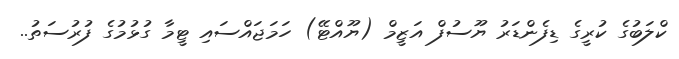
ކްލަބުގެ ކުރީގެ ޑިފެންޑަރު ޔޫސުފް އަޒީމް (ޔޫއްޓޭ) ހަމަޖައްސައި ޓީމާ ގުޅުމުގެ ފުރުސަތު..